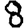
Digit: 8